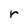
Character: r